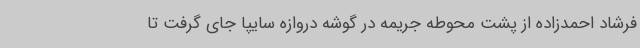
فرشاد احمدزاده از پشت محوطه جریمه در گوشه دروازه سایپا جای گرفت تا